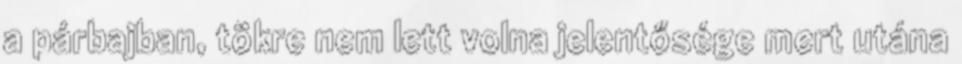
a párbajban, tökre nem lett volna jelentősége mert utána